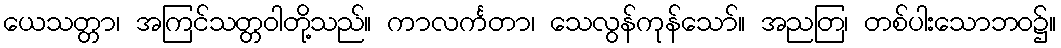
ယေသတ္တာ၊ အကြင်သတ္တဝါတို့သည်။ ကာလင်္ကတာ၊ သေလွန်ကုန်သော်။ အညတြ၊ တစ်ပါးသောဘဝ၌။